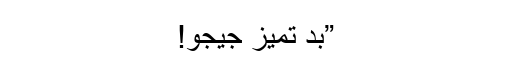
”بد تمیز جیجو!